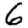
Digit: 6